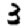
Digit: 3